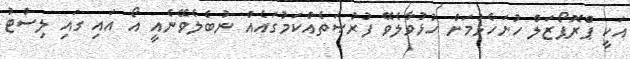
އަކީ ޕްރޮޕޯޒަލް ހުށަހެޅުމަށް ހުޅުވާލެވޭ ފުރުޞަތެއްކަމުގައެއް ނުބެލެވޭނެއީ އޯ އައި ގައި ލިސްޓު